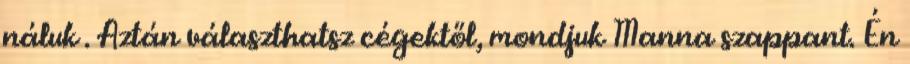
náluk . Aztán választhatsz cégektől, mondjuk Manna szappant. Én